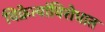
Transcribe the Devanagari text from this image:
विक्रेत्यांविरोधात